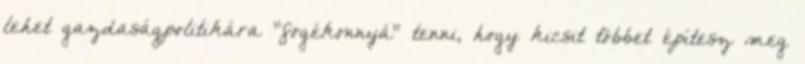
lehet gazdaságpolitikára "fogékonnyá" tenni, hogy kicsit többet építesz meg